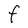
Character: F